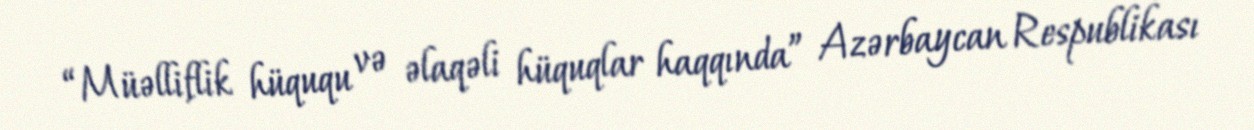
“Müəlliflik hüququ və əlaqəli hüquqlar haqqında” Azərbaycan Respublikası